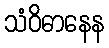
သံဝိဓာနေန